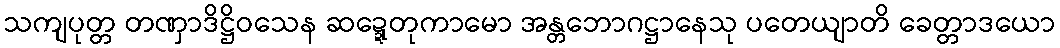
သကျပုတ္တ တဏှာဒိဋ္ဌိဝသေန ဆဍ္ဍေတုကာမော အန္တဘောဂဋ္ဌာနေသု ပတေယျာတိ ခေတ္တာဒယော